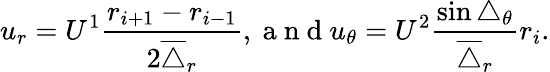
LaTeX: u_{r}=U^{1}\frac{r_{i+1}-r_{i-1}}{2\overline{{\triangle}}_{r}},\mathrm{~a~n~d~}u_{\theta}=U^{2}\frac{\sin\triangle_{\theta}}{\overline{{\triangle}}_{r}}r_{i}.